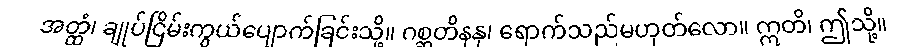
အတ္ထံ၊ ချုပ်ငြိမ်းကွယ်ပျောက်ခြင်းသို့။ ဂစ္ဆတိနနု၊ ရောက်သည်မဟုတ်လော။ ဣတိ၊ ဤသို့။